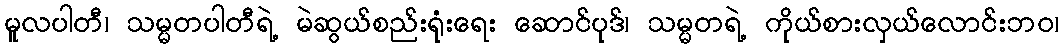
မူလပါတီ၊ သမ္မတပါတီရဲ့ မဲဆွယ်စည်းရုံးရေး ဆောင်ပုဒ်၊ သမ္မတရဲ့ ကိုယ်စားလှယ်လောင်းဘဝ၊